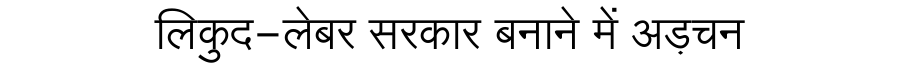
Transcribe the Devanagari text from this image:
लिकुद-लेबर सरकार बनाने में अड़चन